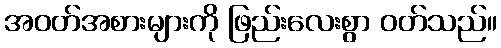
အဝတ်အစားများကို ဖြည်းလေးစွာ ဝတ်သည်။